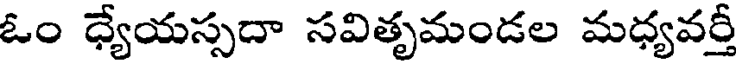
ఓం ధ్యేయస్సదా సవితృమండల మధ్యవర్తీ